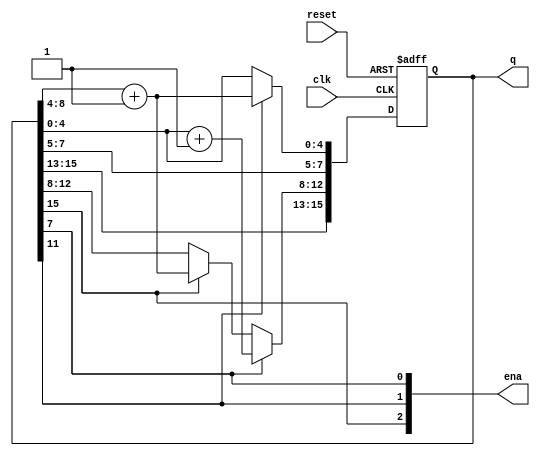
module top_module (
    input clk,
    input reset,   // Synchronous active-high reset
    output [3:1] ena,
    output [15:0] q);

    always @(posedge clk or posedge reset) begin
        if (reset) begin
            q <= 16'b0;
        end else begin
            if (ena[3]) begin
                q[12:8] <= q[8:4] + 1;
            end
            if (ena[2]) begin
                q[4:0] <= q[8:4] + 1;
            end
            if (ena[1]) begin
                q[12:8] <= q[4:0] + 1;
            end
        end
    end

    assign ena[3] = q[15] == 15'b1;
    assign ena[2] = q[11] == 15'b1;
    assign ena[1] = q[7] == 15'b1;

endmodule